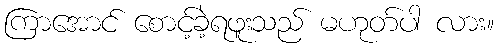
ကြာအောင် စောင့်ခဲ့ရဖူးသည် မဟုတ်ပါ လား။